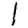
Digit: 1